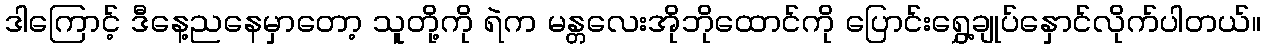
ဒါကြောင့် ဒီနေ့ညနေမှာတော့ သူတို့ကို ရဲက မန္တလေးအိုဘိုထောင်ကို ပြောင်းရွှေ့ချုပ်နှောင်လိုက်ပါတယ်။